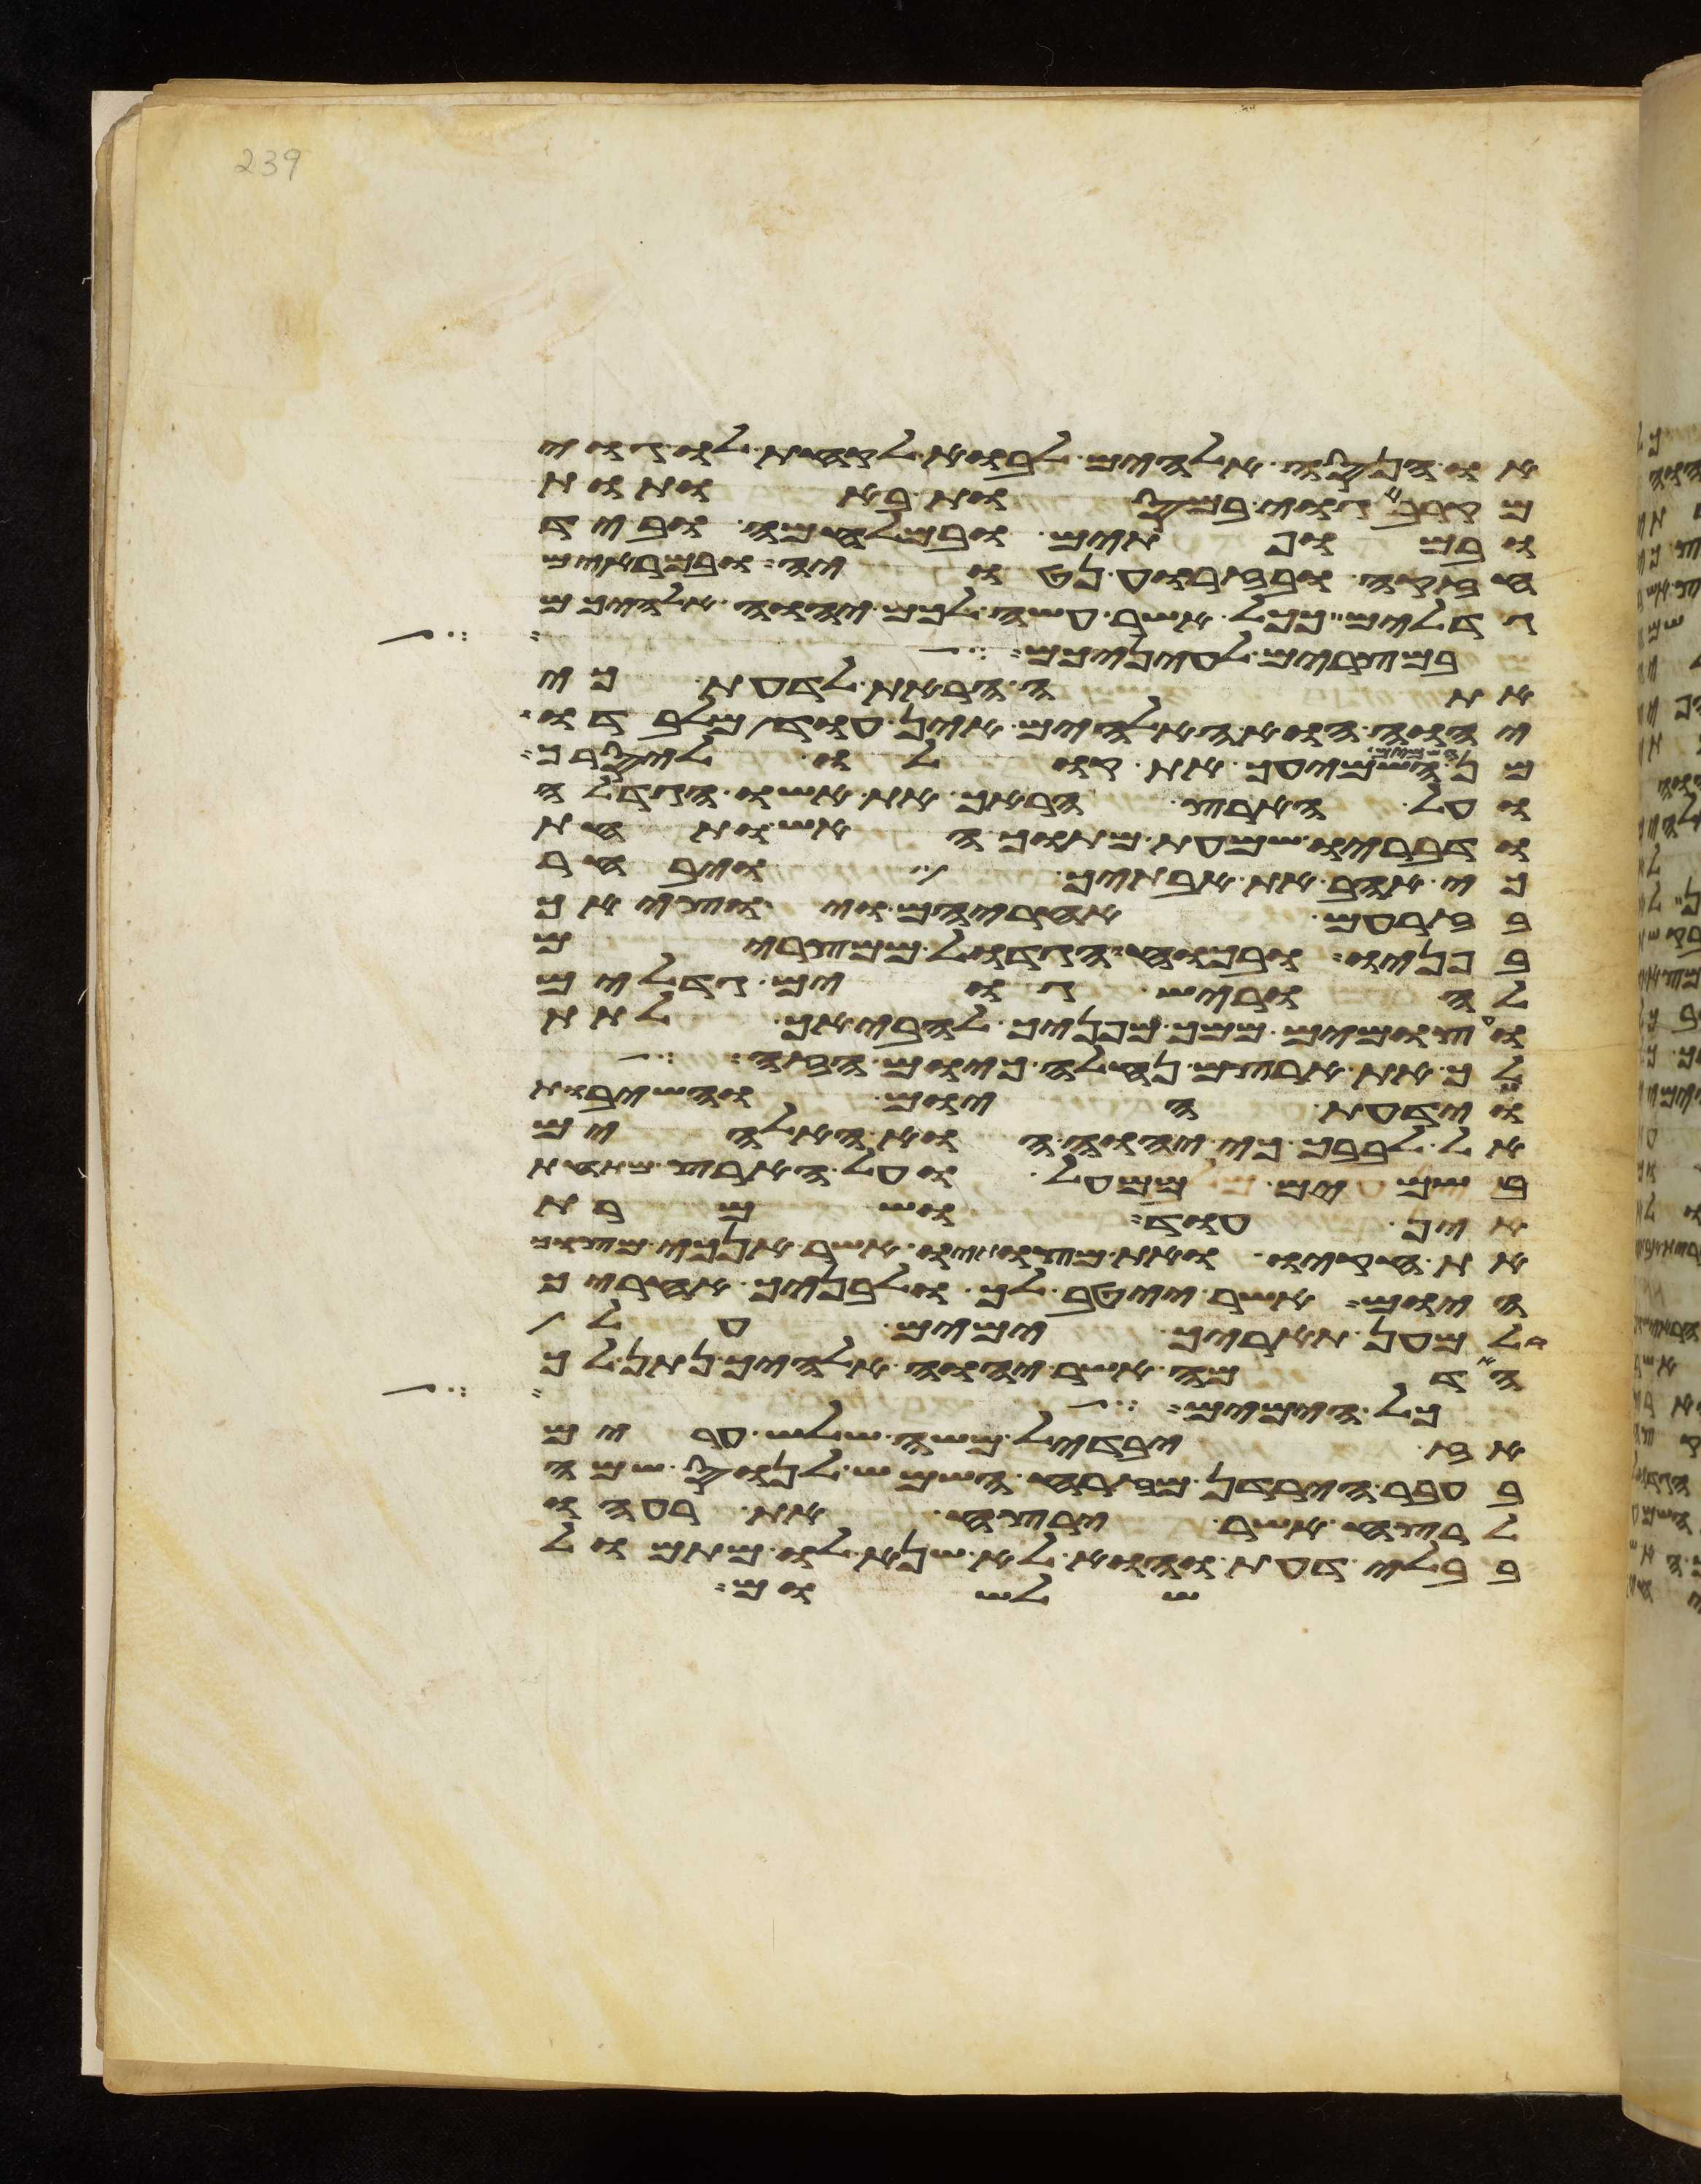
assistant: או הנסה אלהים לבוא לקחת לו גוי
מקרב גוי במסות באתות
ובמופתים ובמלחמה וביד
חזקה ובזרוע נטויה ובמראים
גדלים ככל אשר עשה לכם יהוה אלהיכם
במצרים לעיניכם
אתה הראת לדעת כי
יהוה הוא האלהים אין עוד מלבדו
השמיעך את קולו ליסרך
ועל הארץ הראך את אשו הגדלה
ודבריו שמעת מתוך האש ותחת
כי אהב את אבתיך ויבחר
בזרעם אחריהם ויוציאך
בפניו ובכחו הגדול ממצרים
להוריש גוים גדלים
ועצמים ממך מפניך להביאך לתת
לך את ארצם נחלה כיום הזה
וידעת היום והשבות
אל לבבך כי יהוה הוא האלהים
בשמים ממעל ועל הארץ מתחת
אין עוד ושמרת
את חקיו ואת מצותיו אשר אנכי מצוך
היום אשר ייטב לך ולבניך אחריך
ולמען תאריך ימים על
האדמה אשר יהוה אלהיך נתן לך
כל הימים אשר אתם
אז יבדיל משה שלש ערים
בעבר הירדן מזרח השמש לנוס שמה
הרצח אשר ירצח את רעהו
בבלי דעת והוא לא שנא לו מתמול
שלשום